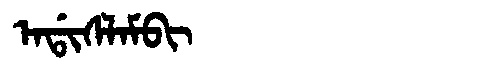
Manchu: ᠠᡩᡳᠰᠯᠠᠮᠪᡳ
Romanization: ADISLAMBI